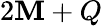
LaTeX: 2\mathbf{M}+Q